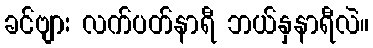
ခင်ဗျား လက်ပတ်နာရီ ဘယ်နှနာရီလဲ။